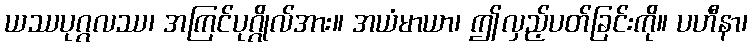
ယဿပုဂ္ဂလဿ၊ အကြင်ပုဂ္ဂိုလ်အား။ အယံမာယာ၊ ဤလှည့်ပတ်ခြင်းကို။ ပဟီနာ၊